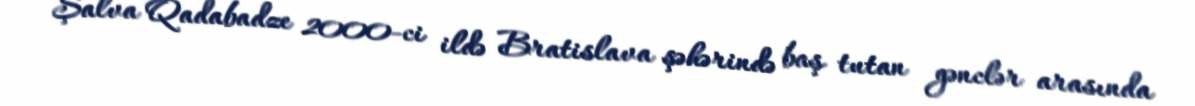
Şalva Qadabadze 2000-ci ildə Bratislava şəhərində baş tutan gənclər arasında